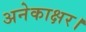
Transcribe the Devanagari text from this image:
अनेकाक्षर।